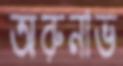
অরুনাভ